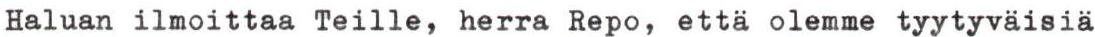
Haluan ilmoittaa Teille, herra Repo, että olemme tyytyväisiä